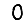
Digit: 0